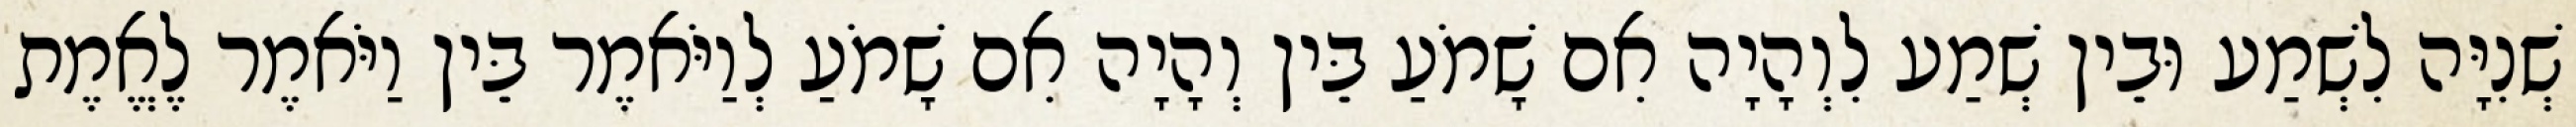
שְׁנִיָּה לִשְׁמַע וּבֵין שְׁמַע לִוְהָיָה אִם שָׁמֹעַ בֵּין וְהָיָה אִם שָׁמֹעַ לְוַיֹּאמֶר בֵּין וַיֹּאמֶר לֶאֱמֶת